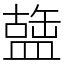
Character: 䀇